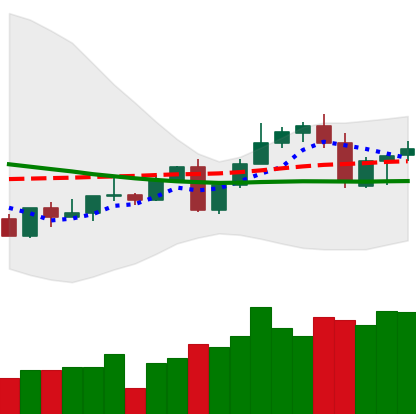
Ticker: LINK-USD
Chart end date: 2022-09-16
Forward return: -12.182%
Label: down_7plus